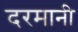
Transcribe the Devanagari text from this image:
दरमानी